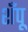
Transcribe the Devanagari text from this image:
शँपू